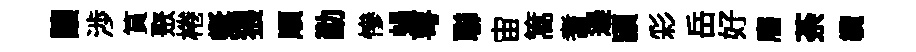
讓渉篔聚棬蜒猥順勤慘蝸萼聯宙篙耆邉頴彩岳好譍荼纜